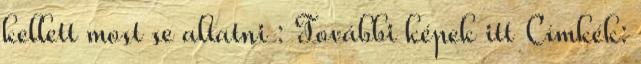
kellett most se altatni : További képek itt Címkék: